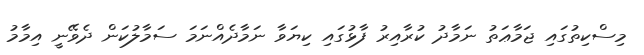
މިސްކިތުގައި ޖަމާޢަތު ނަމާދު ކުރާއިރު ފާޅުގައި ކިޔަވާ ނަމާދެއްނަމަ ސަމާލުކަން ދެވޭނީ އިމާމު